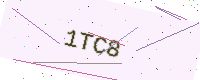
Text: 1TC8